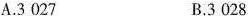
()A.3 027 B.3 028